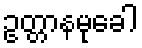
ဥတ္တာနမုခေါ